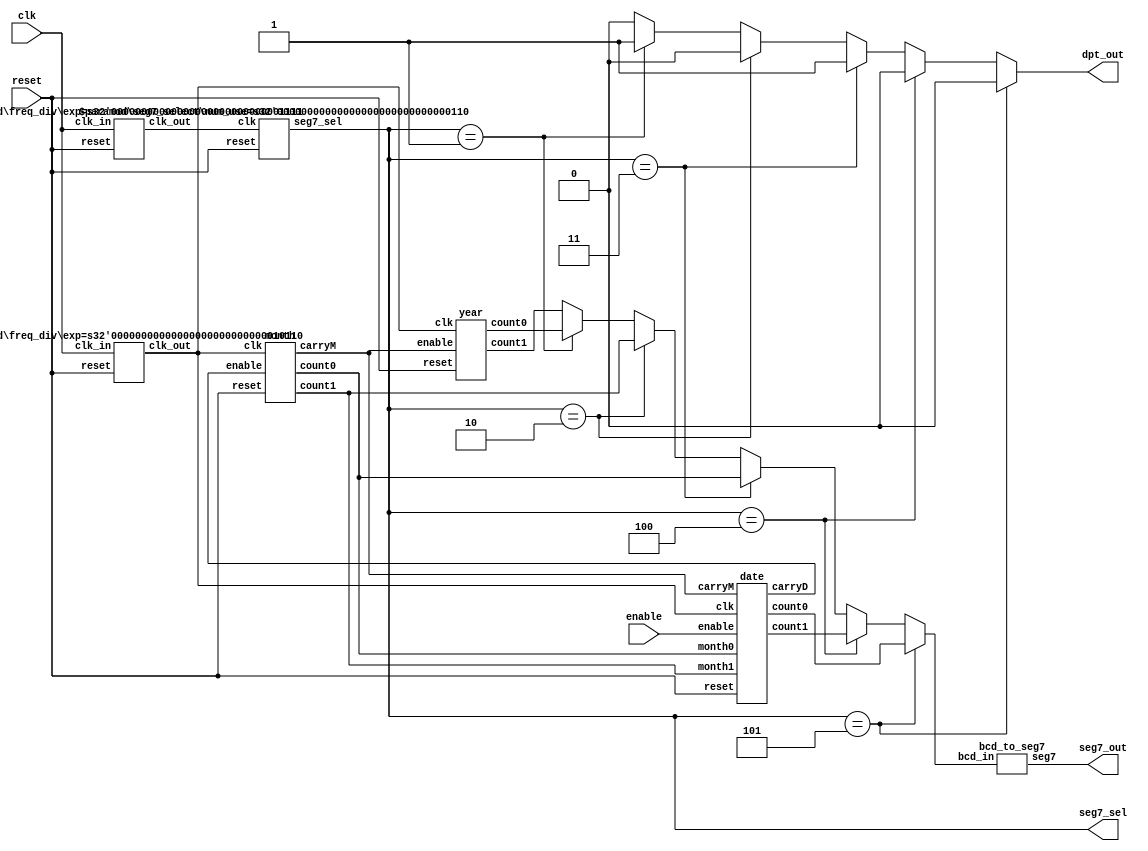
module count_date(clk, reset, seg7_sel, enable, seg7_out, dpt_out);
	input		clk, reset, enable;  //pin W16, C16, AA15	
	output	[2:0]seg7_sel; 		//pin AB10, AB11, AA12 
	output	[6:0]seg7_out; 		//pin AB7, AA7, AB6, AB5, AA9, Y9, AB8 
	output	dpt_out;	         	//pinAA8
	wire		clk_count, clk_sel;  
	wire		[3:0]count_out, count5, count4, count3, count2, count1, count0;

	assign dpt_out = (seg7_sel == 3'b101 ) ? 0 :   //
				  	(seg7_sel == 3'b100 ) ? 0 :
					(seg7_sel == 3'b011 ) ? 1 :
					(seg7_sel == 3'b010 ) ? 0 :
					(seg7_sel == 3'b001 ) ? 1 : 0; 
	assign count_out = (seg7_sel == 3'b101 ) ? count5 :  //
				   	(seg7_sel == 3'b100 ) ? count4 :
				   	(seg7_sel == 3'b011 ) ? count3 :
				   	(seg7_sel == 3'b010 ) ? count2 :
				   	(seg7_sel == 3'b001 ) ? count1 : count0; 
	freq_div #(22) m1(clk, reset, clk_count);  // slow
	freq_div #(15) m2(clk, reset, clk_sel);	 // high
	date	m3(clk_count, reset, enable, count2, count3, carryM, count4, count5, carryD);
	month	m4(clk_count, reset, carryD, count2, count3, carryM);
	year	m5(clk_count, reset, carryM, count0, count1);
	bcd_to_seg7	m6(count_out, seg7_out);
	seg7_select #(6) m7(clk_sel, reset, seg7_sel);
endmodule


module year(clk, reset, enable, count1, count0);
	input		clk, reset, enable;
	output	[3:0]count1, count0;
	reg		[3:0]count1, count0;

	always@ (posedge clk or posedge reset)begin
		if(reset) begin
			count1 = 4'b0010;
			count0 = 4'b0001;
		end
		else if(enable == 1'b1) begin
			if(count1 == 4'b0100 && count0 == 4'b1000)begin //2048
				count1 = 4'b0010;  //2021
				count0 = 4'b0001;
			end
			else if(count0 == 4'b1001) begin  //9
				count0 = 4'b0000;
				count1 = count1 + 1'b1;
			end
			else
				count0 = count0 + 1'b1;
		end
	end
endmodule


module month(clk, reset, enable, count1, count0, carryM);
	input		clk, reset, enable;
	output	[3:0]count1, count0;  //count1: , count0:
	output 	carryM;
	reg		[3:0]count1, count0;
	wire 		carry = (count1 == 4'b0001 && count0 == 4'b0010) ? 1 : 0; 

	assign carryM = enable && carry;
	always@ (posedge clk or posedge reset)begin
		if(reset) begin
			count1 = 4'b0000;
			count0 = 4'b0001;
		end
		else if(enable == 1'b1) begin
			if(count1 == 4'b0001 && count0 == 4'b0010)begin  //121
				count1 = 4'b0000;
				count0 = 4'b0001;
			end
			else if(count0 == 4'b1001) begin  //910
				count0 = 4'b0000;
				count1 = count1 + 1'b1;
			end
			else begin
				count0 = count0 + 1'b1;
			end
		end
	end
endmodule


module date(clk, reset, enable, month1, month0, carryM, count1, count0, carryD);
	input		clk, reset, enable, carryM;
	input		[3:0]month1, month0;
	output	[3:0]count1, count0;
	output	carryD;
	reg		[3:0]count1, count0;
	reg		[1:0]year;
	wire		[3:0]day1; 
	wire		[3:0]day0;

	assign carryD = (count1 == day1 && count0 == day0) ? 1'b1 : 1'b0;
	assign day1 = (month1 == 4'b0000 && month0 == 4'b0010) ? 4'b0010 : 4'b0011;  
	assign day0 = (month1 == 4'b0000 && month0 == 4'b0001) ? 4'b0001:
					(month1 == 4'b0000 && month0 == 4'b0010 && year != 2'b11) ? 4'b1001 :  //229
					(month1 == 4'b0000 && month0 == 4'b0010 && year == 2'b11) ? 4'b1000 :  //228
					(month1 == 4'b0000 && month0 == 4'b0011) ? 4'b0001 :  //331
					(month1 == 4'b0000 && month0 == 4'b0100) ? 4'b0000 :  //430
					(month1 == 4'b0000 && month0 == 4'b0101) ? 4'b0001 :  //531
					(month1 == 4'b0000 && month0 == 4'b0110) ? 4'b0000 :  //630
					(month1 == 4'b0000 && month0 == 4'b0111) ? 4'b0001 :  //731
					(month1 == 4'b0000 && month0 == 4'b1000) ? 4'b0001 :  //831
					(month1 == 4'b0000 && month0 == 4'b1001) ? 4'b0000 :  //930
					(month1 == 4'b0000 && month0 == 4'b1010) ? 4'b0001 :  //1031
					(month1 == 4'b0000 && month0 == 4'b1011) ? 4'b0000 : 4'b0001;  //1130, 1231
	always@ (posedge clk or posedge reset)begin
		if(reset) begin
			count1 = 4'b0000;  //1
			count0 = 4'b0001;
			year = 2'b00;
		end
		else if(enable == 1'b1) begin
			if(carryM == 1)
				year = year + 1'b1;
			if(count1 == day1 && count0 == day0)begin  //228,2930,31 
				count1 = 4'b0000;
				count0 = 4'b0001;
			end
			else if(count0 == 4'b1001) begin  //0 ~ 28,29,30,31
				count0 = 4'b0000;
				count1 = count1 + 1'b1;
			end
			else begin
				count0 = count0 + 1'b1;
			end
		end
	end
endmodule


module seg7_select(clk, reset, seg7_sel);
	parameter	num_use = 6;	
	input			clk, reset;
	output		[2:0]seg7_sel;
	reg			[2:0]seg7_sel;
	always@ (posedge clk or posedge reset) begin
		if(reset == 1)
			seg7_sel = 3'b101;	//the rightmost one
		else
			if(seg7_sel == 6 - num_use)
				seg7_sel = 3'b101; 
			else
				seg7_sel = seg7_sel - 3'b001;  //shift left
	end
endmodule


module bcd_to_seg7(bcd_in, seg7);
	input		[3:0]bcd_in;
	output	[6:0]seg7;
	reg		[6:0]seg7;
	always@ (bcd_in)
		case(bcd_in)  //abcdefg
			4'b0000: seg7 = 7'b1111110;  //0
			4'b0001: seg7 = 7'b0110000;  //1
			4'b0010: seg7 = 7'b1101101;  //2
			4'b0011: seg7 = 7'b1111001;  //3
			4'b0100: seg7 = 7'b0110011;  //4
			4'b0101: seg7 = 7'b1011011;  //5
			4'b0110: seg7 = 7'b1011111;  //6
			4'b0111: seg7 = 7'b1110000;  //7
			4'b1000: seg7 = 7'b1111111;  //8
			4'b1001: seg7 = 7'b1111011;  //9
			default: seg7 = 7'b0000000; 
		endcase
endmodule


module freq_div(clk_in, reset, clk_out);
	parameter 	exp = 20;   
	input 		clk_in, reset;
	output 		clk_out;
	reg			[exp - 1:0]divider;
	integer 		i;

	assign clk_out = divider[exp - 1];
	always@ (posedge clk_in or posedge reset)begin
		if(reset)
			for(i = 0; i < exp; i = i + 1)
				divider[i] = 1'b0;
		else
			divider = divider + 1'b1;
	end
endmodule